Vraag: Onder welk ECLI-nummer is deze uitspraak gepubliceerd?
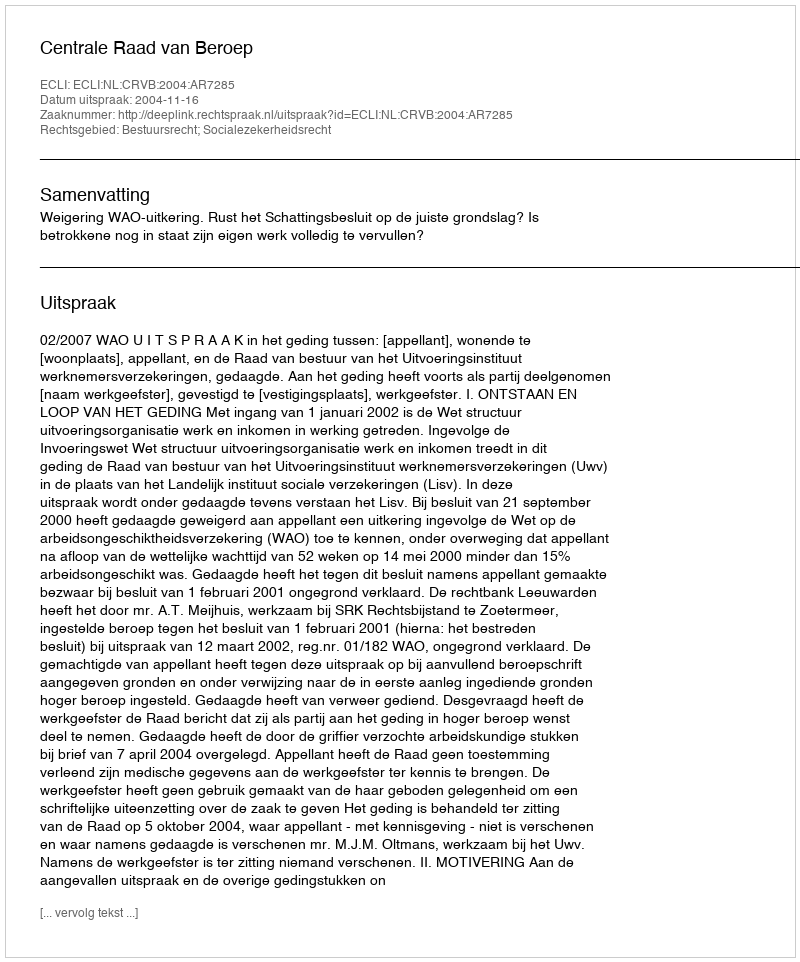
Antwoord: ECLI:NL:CRVB:2004:AR7285